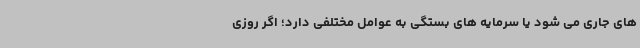
های جاری می شود یا سرمایه های بستگی به عوامل مختلفی دارد؛ اگر روزی